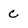
Character: C